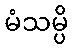
မံသမ္ပိ